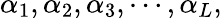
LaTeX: \alpha_{1},\alpha_{2},\alpha_{3},\cdots,\alpha_{L},